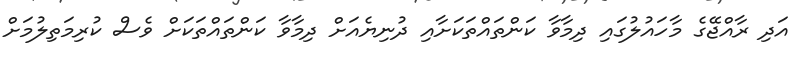
އަދި ރާއްޖޭގެ މާހައުލުގައި ދިމާވާ ކަންތައްތަކަށާއި ދުނިޔެއަށް ދިމާވާ ކަންތައްތަކަށް ވެސް ކުރިމަތިލުމަށް